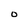
Character: O